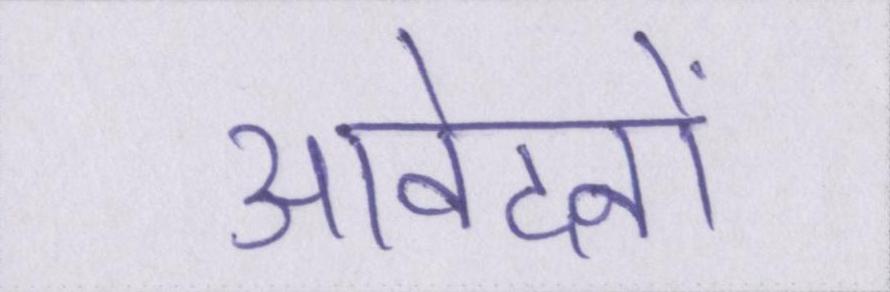
आवेदनों